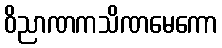
ဝိညာဏကသိဏမေကော